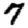
Digit: 7